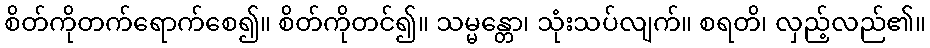
စိတ်ကိုတက်ရောက်စေ၍။ စိတ်ကိုတင်၍။ သမ္မန္တော၊ သုံးသပ်လျက်။ စရတိ၊ လှည့်လည်၏။